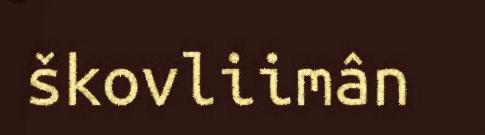
škovliimân